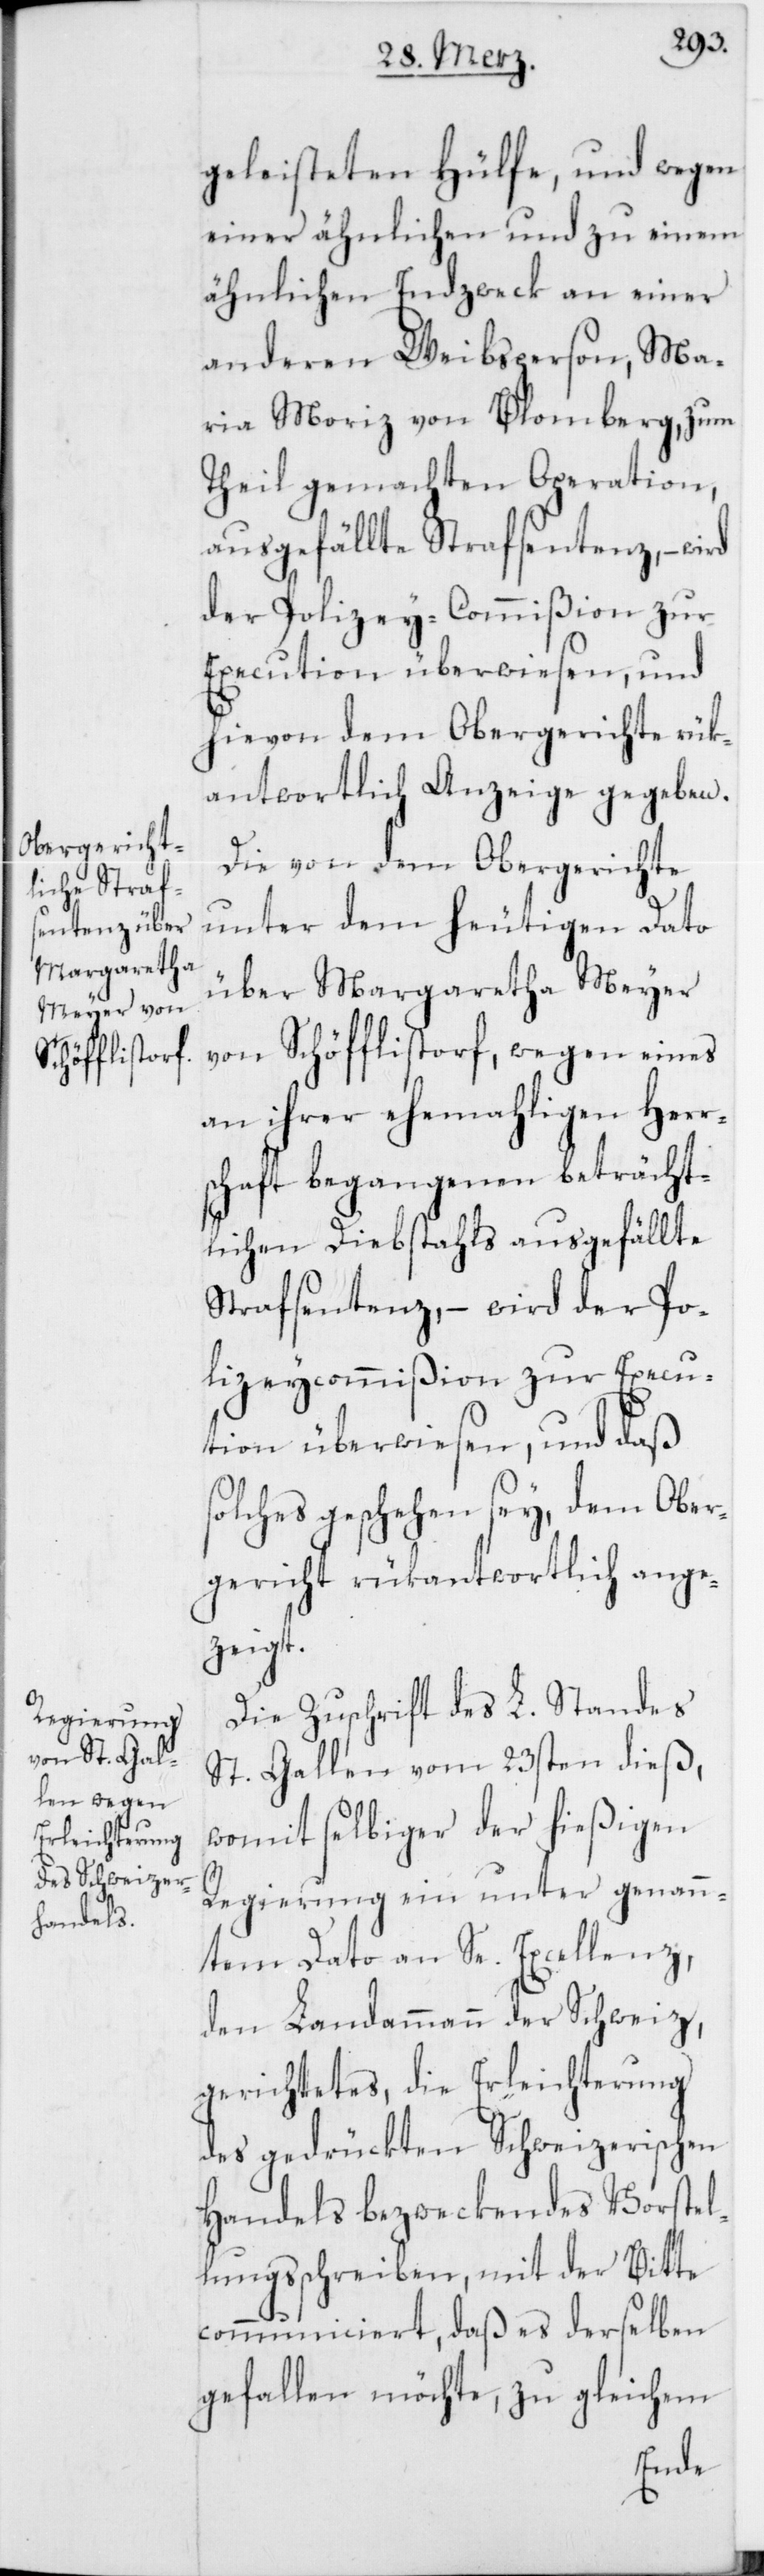
geleisteten Hülfe, und wegen
einer ähnlichen und zu einem
ähnlichen Endzweck an einer
anderen Weibsperson, Ma¬
ria Moriz von Blomberg, zum
Theil gemachten Operation,
ausgefällte Strafsentenz, – wird
der Polizei-Commißion zur
Execution überwiesen, und
hievon dem Obergerichte rük¬
antwortlich Anzeige gegeben.
Die von dem Obergerichte
unter dem heutigen Dato
über Margaretha Meyer
von Schöfflistorf, wegen eines
an ihrer ehemahligen Herr¬
schaft begangenen beträcht¬
lichen Diebstahls ausgefällte
Strafsentenz, – wird der Po¬
lizeycommißion zur Execu¬
tion überwiesen, und daß
olches geschehen sey, dem Ober¬
gericht rükantwortlich angez¬
eigt.
Die Zuschrift des L. Standes
St. Gallen vom 23sten dieß,
womit selbiger der hießigen
Regierung ein unter genann¬
tem Dato an Se. Excellenz,
den Landammann der Schweiz,
gerichtetes, die Erleichterung
des gedrückten Schweizerischen
Handels bezweckendes Vorstel¬
lungsschreiben, mit der Bitte
communiciert, daß es derselben
gefallen möchte, zu gleichem